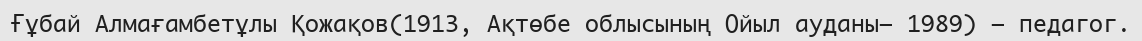
Ғұбай Алмағамбетұлы Қожақов(1913, Ақтөбе облысының Ойыл ауданы– 1989) – педагог.